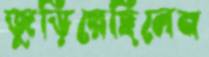
জুড়িয়েছিলেন